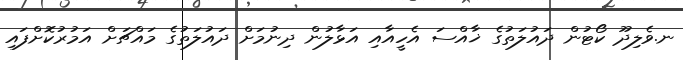
ނ.ވެލިދޫ ކޯޓުން ދައުލަތުގެ ޚާއްސަ އެހީއާއި އަޅާލުން ދިނުމަށް ދައުލަތުގެ މައްޗަށް އަމުރުކޮށްފައި